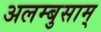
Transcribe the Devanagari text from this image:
अलम्बुसाम्